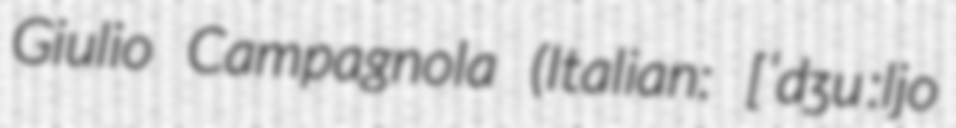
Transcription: Giulio Campagnola (Italian: [ˈdʒuːljo